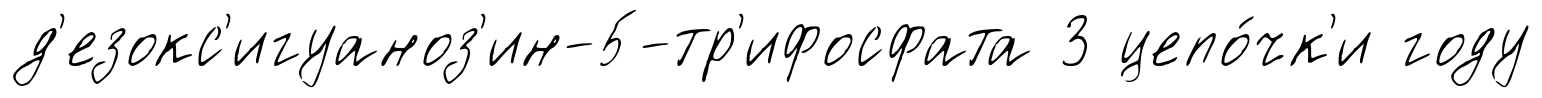
д'езокс'игуаноз'ин-5-тр'ифосфата 3 цепо́чк'и году